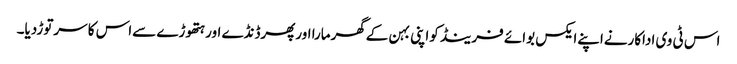
اس ٹی وی اداکارنےاپنےایکس بوائے فرینڈ کواپنی بہن کےگھرمارا اورپھرڈنڈے اورہتھوڑے سےاس کا سرتوڑدیا۔